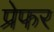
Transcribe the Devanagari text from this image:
प्रेफर